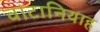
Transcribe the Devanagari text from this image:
वाटानियाह